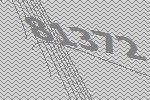
81372